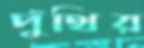
পুঁথির